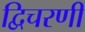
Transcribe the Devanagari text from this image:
द्विचरणी